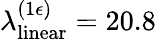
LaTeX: \lambda_{\mathrm{linear}}^{(1\epsilon)}=20.8